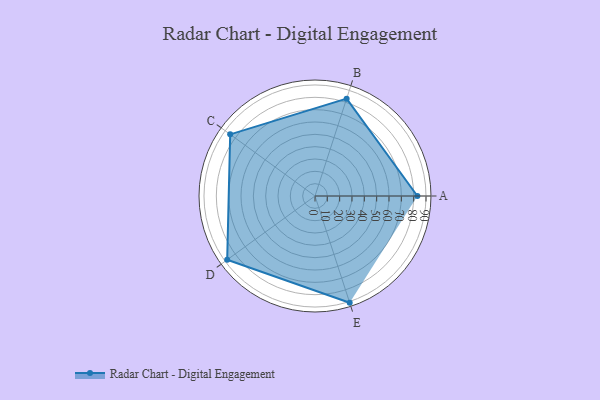
{"axis": {"x": "Skill", "y": "Score"}, "legend": ["Profile"], "data": [{"x": "A", "y": 83.0, "type": "Profile"}, {"x": "B", "y": 83.0, "type": "Profile"}, {"x": "C", "y": 85.0, "type": "Profile"}, {"x": "D", "y": 88.0, "type": "Profile"}, {"x": "E", "y": 91.0, "type": "Profile"}]}